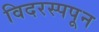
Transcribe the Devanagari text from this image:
विदरस्पपून